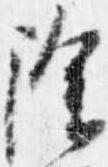
除